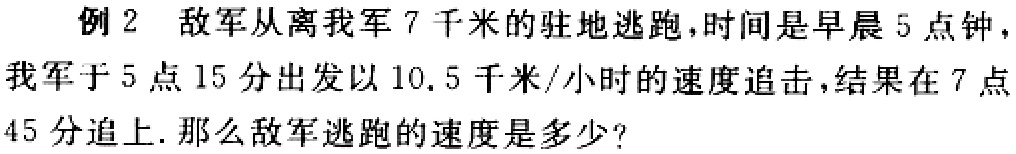
例 2 敌军从离我军 7 千米的驻地逃跑，时间是早晨 5 点钟，我军于 5 点 15 分出发以 10.5 千米/小时的速度追击，结果在 7 点 45 分追上. 那么敌军逃跑的速度是多少？